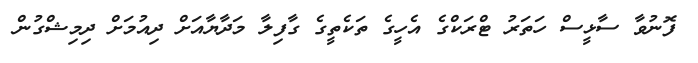
ފޮނުވާ ސާޅީސް ހަތަރު ޓްރަކްގެ އެހީގެ ތަކެތީގެ ގާފިލާ މަދާޔާއަށް ދިއުމަށް ދިމިޝްގުން